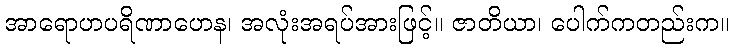
အာရောဟပရိဏာဟေန၊ အလုံးအရပ်အားဖြင့်။ ဇာတိယာ၊ ပေါက်ကတည်းက။